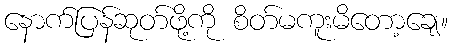
နောက်ပြန်ဆုတ်ဖို့ကို စိတ်မကူးမိတော့ချေ။